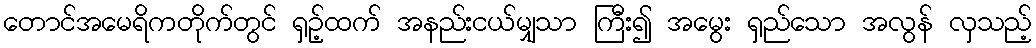
တောင်အမေရိကတိုက်တွင် ရှဉ့်ထက် အနည်းငယ်မျှသာ ကြီး၍ အမွေး ရှည်သော အလွန် လှသည့်